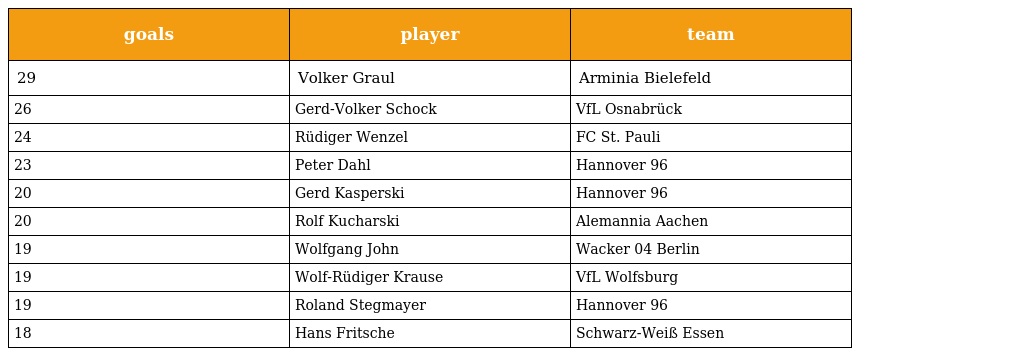
| goals | player | team |
 | --- | --- | --- |
 | 29 | Volker Graul | Arminia Bielefeld |
 | 26 | Gerd-Volker Schock | VfL Osnabrück |
 | 24 | Rüdiger Wenzel | FC St. Pauli |
 | 23 | Peter Dahl | Hannover 96 |
 | 20 | Gerd Kasperski | Hannover 96 |
 | 20 | Rolf Kucharski | Alemannia Aachen |
 | 19 | Wolfgang John | Wacker 04 Berlin |
 | 19 | Wolf-Rüdiger Krause | VfL Wolfsburg |
 | 19 | Roland Stegmayer | Hannover 96 |
 | 18 | Hans Fritsche | Schwarz-Weiß Essen |